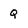
Character: Q